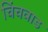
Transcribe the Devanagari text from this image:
चिंचवाड